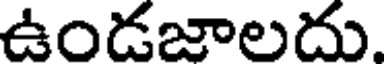
ఉండజాలదు.